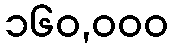
၁၆၀,၀၀၀